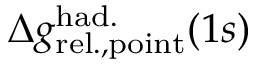
\Delta { g } _ { \mathrm { r e l . , p o i n t } } ^ { \mathrm { h a d . } } ( 1 s )